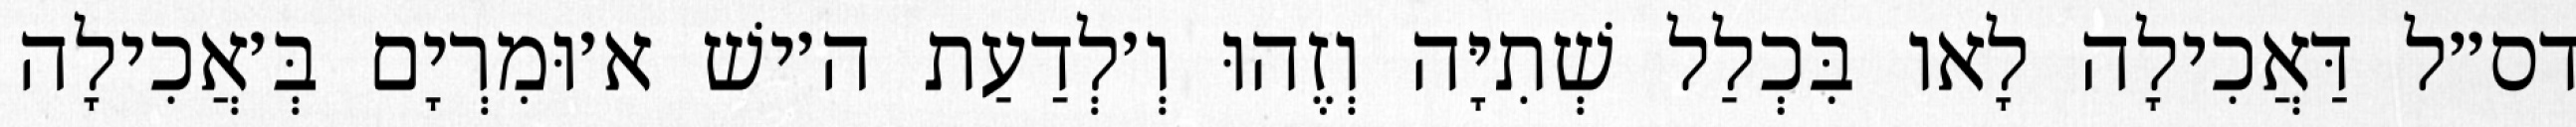
דס״ל דַּאֲכִילָה לָאו בִּכְלַל שְׁתִיָּה וְזֶהוּ וְ׳לְדַעַת ה׳ישׁ א׳וּמִרְיָם בְּ׳אֲכִילָה